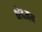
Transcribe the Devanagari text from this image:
भेदमय